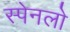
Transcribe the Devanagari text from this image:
स्पेनलो